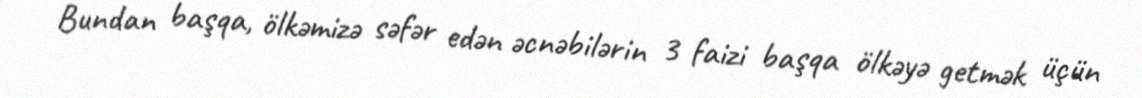
Bundan başqa, ölkəmizə səfər edən əcnəbilərin 3 faizi başqa ölkəyə getmək üçün